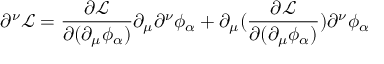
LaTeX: \partial ^ { \nu } { \mathcal { L } } = { \frac { \partial { \mathcal { L } } } { \partial ( \partial _ { \mu } \phi _ { \alpha } ) } } \partial _ { \mu } \partial ^ { \nu } \phi _ { \alpha } + \partial _ { \mu } ( { \frac { \partial { \mathcal { L } } } { \partial ( \partial _ { \mu } \phi _ { \alpha } ) } } ) \partial ^ { \nu } \phi _ { \alpha }